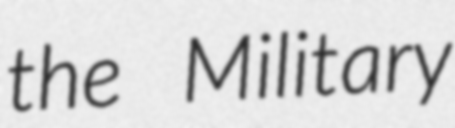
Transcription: the Military